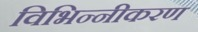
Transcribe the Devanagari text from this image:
विभिन्नीकरण